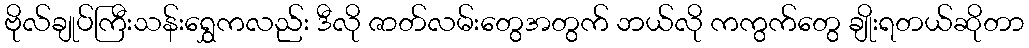
ဗိုလ်ချုပ်ကြီးသန်းရွှေကလည်း ဒီလို ဇာတ်လမ်းတွေအတွက် ဘယ်လို ကကွက်တွေ ချိုးရတယ်ဆိုတာ